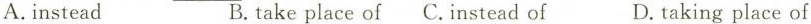
A.instead B.take place of C.Instead of D.taking place of